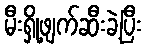
မီးရှို့ဖျက်ဆီးခဲ့ပြီး